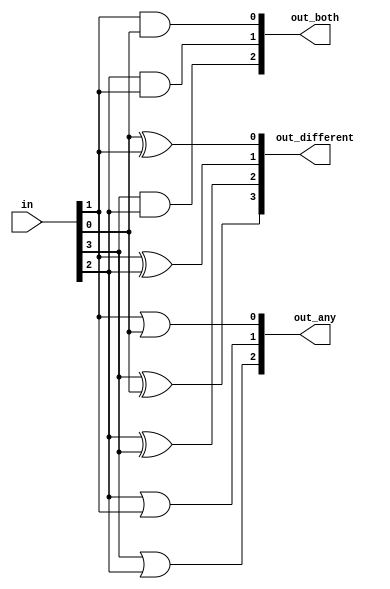
module top_module(
  input [3:0] in,
  output [2:0] out_both,
  output [3:1] out_any,
  output [3:0] out_different
);
  always @(*) begin
    out_both[2] = in[3] & in[2];
    out_both[1] = in[2] & in[1];
    out_both[0] = in[1] & in[0];

    out_any[3] = in[3] | in[2];
    out_any[2] = in[2] | in[1];
    out_any[1] = in[1] | in[0];

    out_different[3] = in[3] ^ in[0];
    out_different[2] = in[2] ^ in[3];
    out_different[1] = in[1] ^ in[2];
    out_different[0] = in[0] ^ in[1];
  end
endmodule